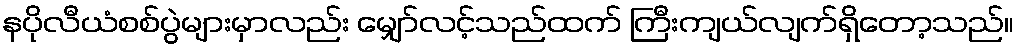
နပိုလီယံစစ်ပွဲများမှာလည်း မျှော်လင့်သည်ထက် ကြီးကျယ်လျက်ရှိတော့သည်။